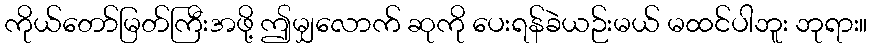
ကိုယ်တော်မြတ်ကြီးအဖို့ ဤမျှလောက် ဆုကို ပေးရန်ခဲယဉ်းမယ် မထင်ပါဘူး ဘုရား။